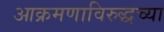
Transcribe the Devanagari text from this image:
आक्रमणाविरुद्धच्या